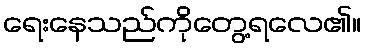
ရေးနေသည်ကိုတွေ့ရလေ၏။